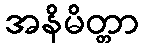
အနိမိတ္တာ